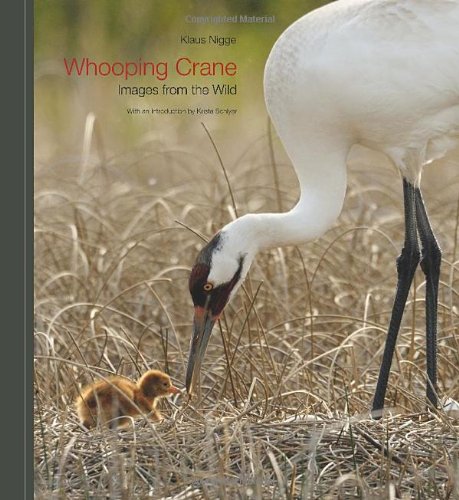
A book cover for Whooping Crane: Images from the Wild; Klaus Nigge; Travel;